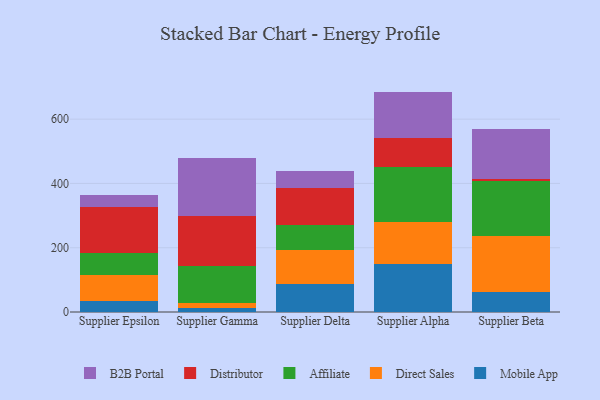
{"axis": {"x": "Supplier", "y": "Latency (ms)"}, "legend": ["Affiliate", "B2B Portal", "Direct Sales", "Distributor", "Mobile App"], "data": [{"x": "Supplier Epsilon", "y": 33.1, "type": "Mobile App"}, {"x": "Supplier Epsilon", "y": 83.0, "type": "Direct Sales"}, {"x": "Supplier Epsilon", "y": 66.1, "type": "Affiliate"}, {"x": "Supplier Epsilon", "y": 143.2, "type": "Distributor"}, {"x": "Supplier Epsilon", "y": 39.0, "type": "B2B Portal"}, {"x": "Supplier Gamma", "y": 13.9, "type": "Mobile App"}, {"x": "Supplier Gamma", "y": 12.6, "type": "Direct Sales"}, {"x": "Supplier Gamma", "y": 117.1, "type": "Affiliate"}, {"x": "Supplier Gamma", "y": 156.6, "type": "Distributor"}, {"x": "Supplier Gamma", "y": 178.0, "type": "B2B Portal"}, {"x": "Supplier Delta", "y": 87.5, "type": "Mobile App"}, {"x": "Supplier Delta", "y": 105.0, "type": "Direct Sales"}, {"x": "Supplier Delta", "y": 77.3, "type": "Affiliate"}, {"x": "Supplier Delta", "y": 116.6, "type": "Distributor"}, {"x": "Supplier Delta", "y": 53.4, "type": "B2B Portal"}, {"x": "Supplier Alpha", "y": 148.7, "type": "Mobile App"}, {"x": "Supplier Alpha", "y": 130.3, "type": "Direct Sales"}, {"x": "Supplier Alpha", "y": 171.5, "type": "Affiliate"}, {"x": "Supplier Alpha", "y": 91.0, "type": "Distributor"}, {"x": "Supplier Alpha", "y": 144.2, "type": "B2B Portal"}, {"x": "Supplier Beta", "y": 60.7, "type": "Mobile App"}, {"x": "Supplier Beta", "y": 175.8, "type": "Direct Sales"}, {"x": "Supplier Beta", "y": 172.0, "type": "Affiliate"}, {"x": "Supplier Beta", "y": 5.0, "type": "Distributor"}, {"x": "Supplier Beta", "y": 154.5, "type": "B2B Portal"}]}